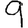
Digit: 9